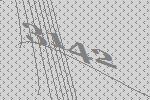
3142